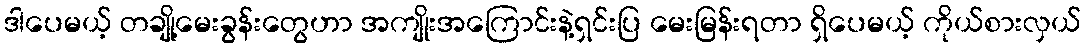
ဒါပေမယ့် တချို့မေးခွန်းတွေဟာ အကျိုးအကြောင်းနဲ့ရှင်းပြ မေးမြန်းရတာ ရှိပေမယ့် ကိုယ်စားလှယ်